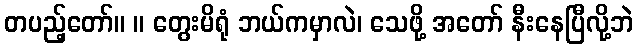
တပည့်တော်။ ။ တွေးမိရုံ ဘယ်ကမှာလဲ၊ သေဖို့ အတော် နီးနေပြီလို့ဘဲ